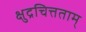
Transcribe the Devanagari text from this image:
क्षुद्रचित्तताम्